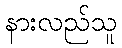
နားလည်သူ